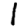
Digit: 1